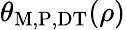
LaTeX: \theta_{\mathrm{M,P,DT}}(\rho)